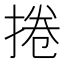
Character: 捲